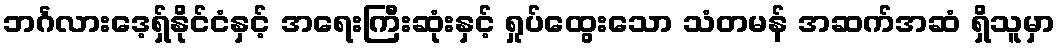
ဘင်္ဂလားဒေ့ရှ်နိုင်ငံနှင့် အရေးကြီးဆုံးနှင့် ရှုပ်ထွေးသော သံတမန် အဆက်အဆံ ရှိသူမှာ